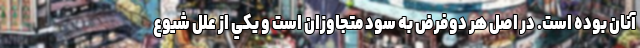
آنان بوده است. در اصل هر دوفرض به سود متجاوزان است و يكي از علل شيوع